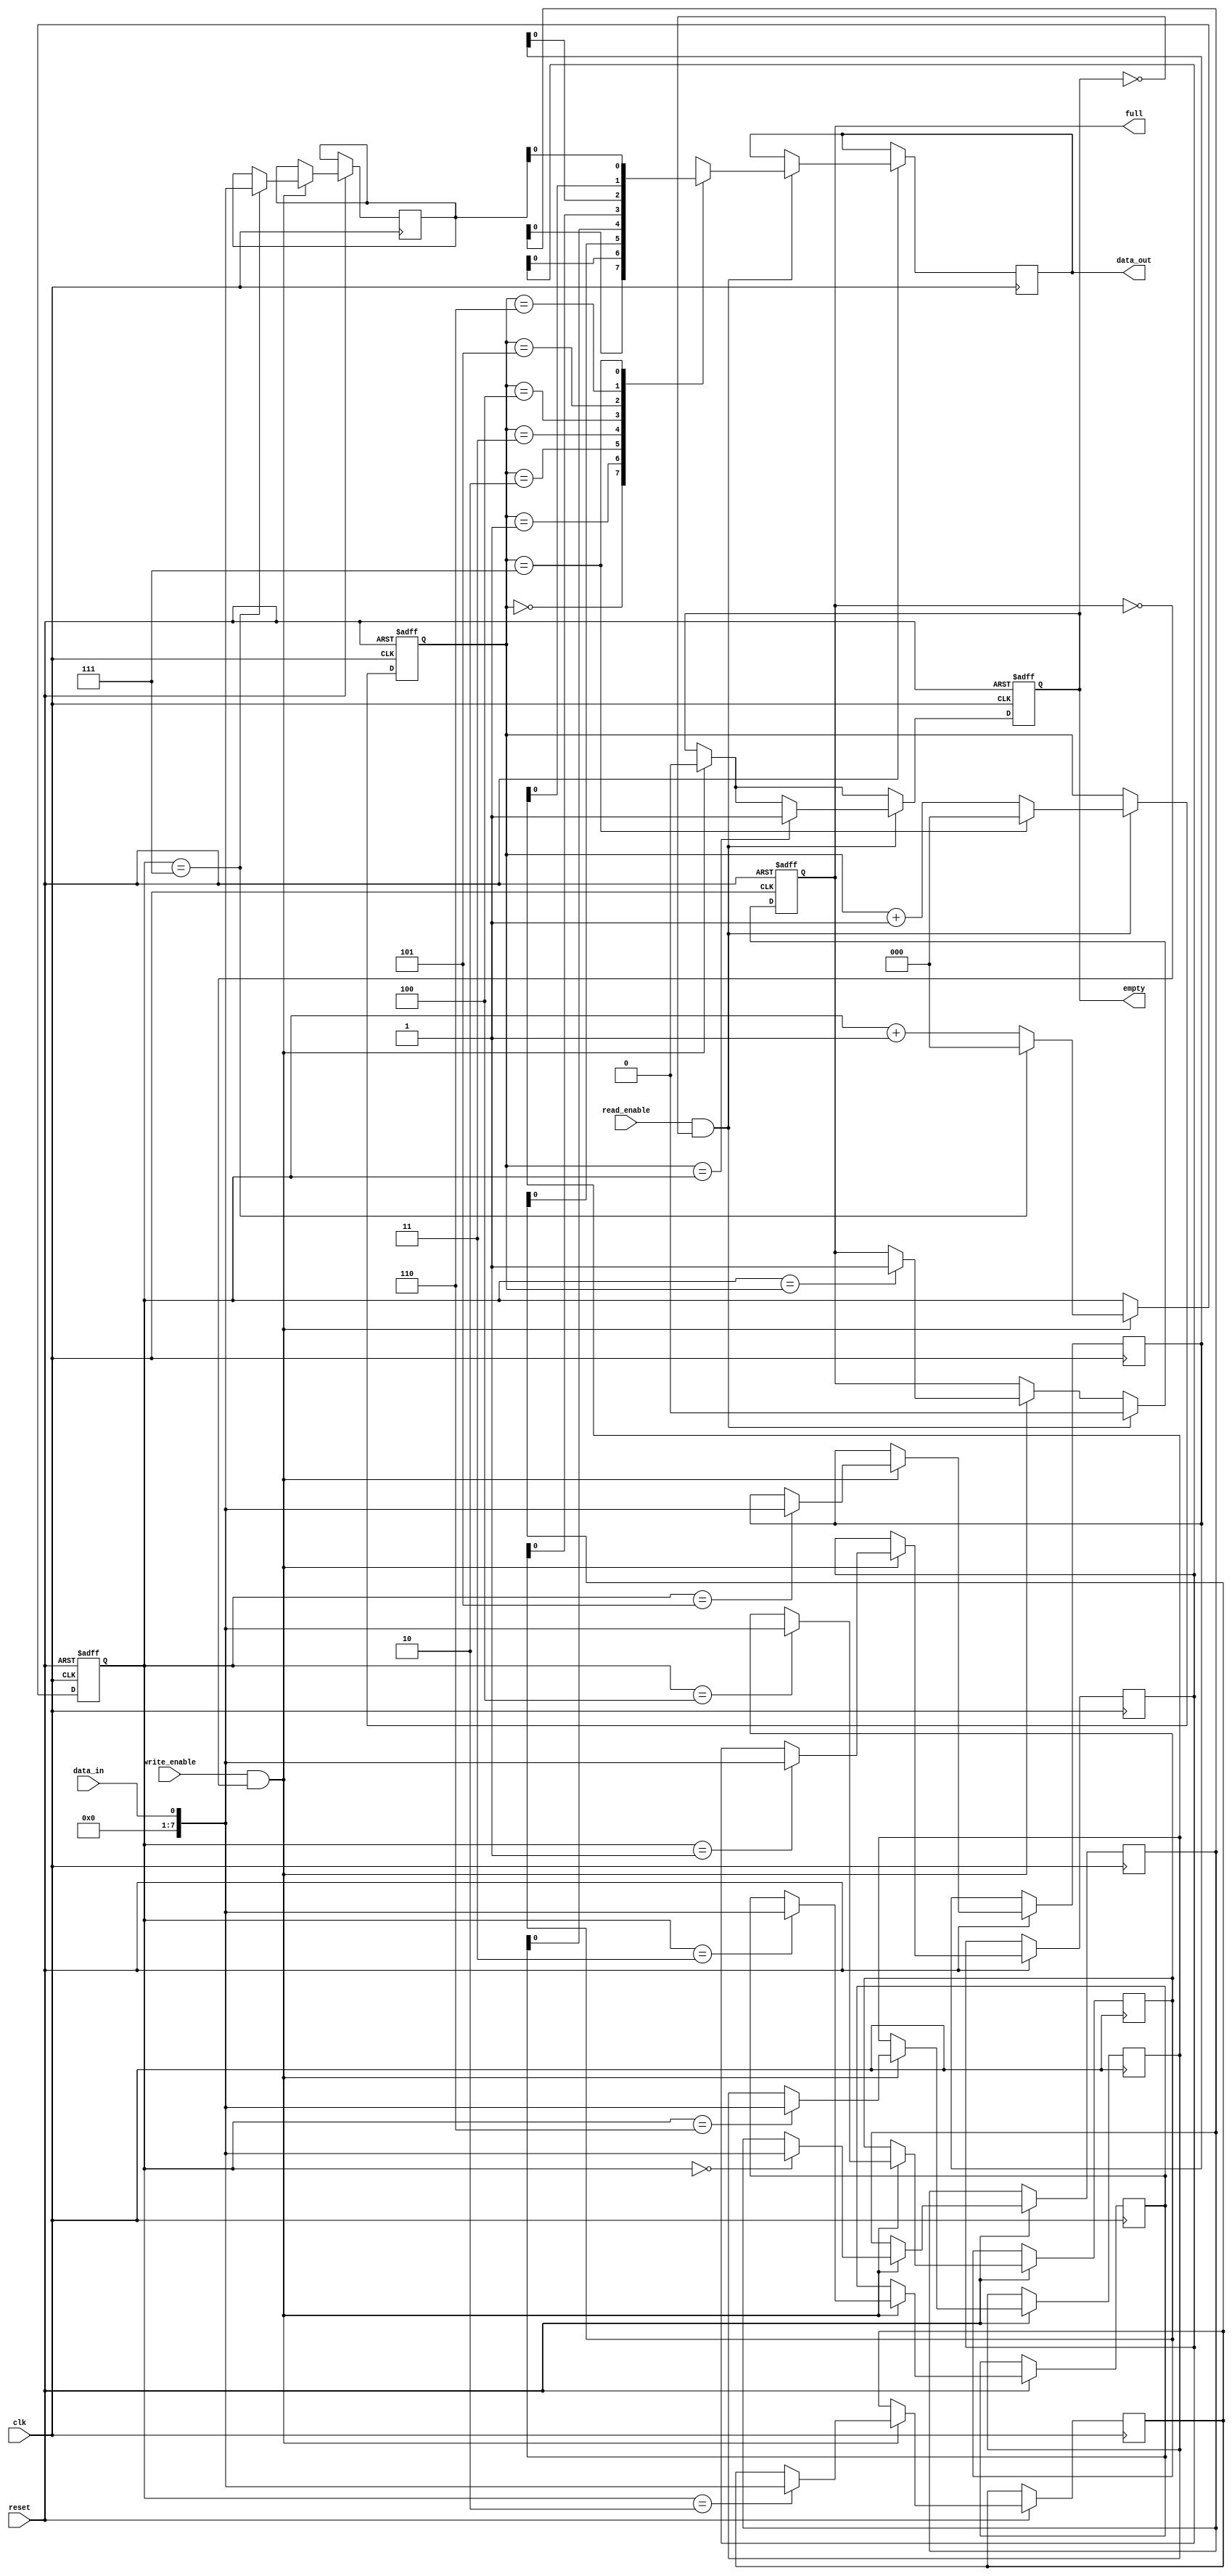
module edge_sensitive_fifo (
    input wire clk,
    input wire reset,
    input wire write_enable,
    input wire read_enable,
    input wire data_in,
    output reg data_out,
    output reg full,
    output reg empty
);

reg [7:0] fifo [0:7]; // FIFO buffer with 8 entries
reg [2:0] write_pointer;
reg [2:0] read_pointer;

always @(posedge clk or negedge reset) begin
    if (~reset) begin
        write_pointer <= 0;
        read_pointer <= 0;
        full <= 0;
        empty <= 1;
    end else begin
        if (write_enable && ~full) begin
            fifo[write_pointer] <= data_in;
            write_pointer <= write_pointer + 1;
            if (write_pointer == 7) begin
                write_pointer <= 0;
            end
            empty <= 0;
            if (write_pointer == read_pointer) begin
                full <= 1;
            end
        end
        if (read_enable && ~empty) begin
            data_out <= fifo[read_pointer];
            read_pointer <= read_pointer + 1;
            if (read_pointer == 7) begin
                read_pointer <= 0;
            end
            full <= 0;
            if (read_pointer == write_pointer) begin
                empty <= 1;
            end
        end
    end
end

endmodule